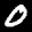
Label: 0